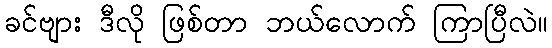
ခင်ဗျား ဒီလို ဖြစ်တာ ဘယ်လောက် ကြာပြီလဲ။